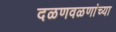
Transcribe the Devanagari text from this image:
दळणवळणांच्या